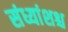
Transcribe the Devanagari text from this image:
संध्यांशश्च